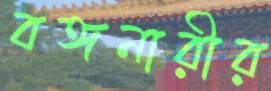
বঙ্গনারীর